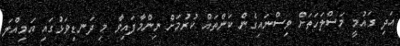
އަދި ގައުމީ މަސްލަހަތަށް ވިސްނައިގެން ކަންތައް ކުރުމަށް ނިންމާފައިވާ މި ދަނޑިވަޅުގައި އަމިއްލަ